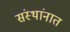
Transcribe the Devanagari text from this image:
संस्थांनात